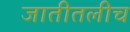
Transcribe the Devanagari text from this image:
जातीतलीच